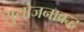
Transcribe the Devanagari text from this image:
सुयोजनाबद्ध